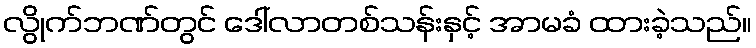
လွိုက်ဘဏ်တွင် ဒေါ်လာတစ်သန်းနှင့် အာမခံ ထားခဲ့သည်။